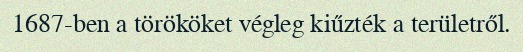
1687-ben a törököket végleg kiűzték a területről.